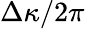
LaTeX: \Delta\kappa/2\pi